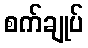
စက်ချုပ်